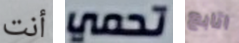
أنت تحمي اتابع